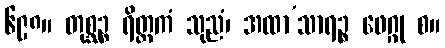
၆၉၈။ တုစ္ဆဉ္စ ရိတ္တကံ သုညံ၊ အထာ’သာရဉ္စ ဖေဂ္ဂု စ။